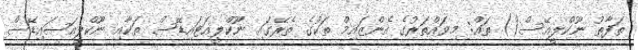
ތަފާތު ނޫކްލީއޭސް() ތައް: މިވައްތަރުގެ އެންޒައިމް ތަކުގެ ތެރޭގައި ނޫކްލީއަޓައިޑޭސް ތަކާއި ނޫކްލީއަސައިޑޭސް